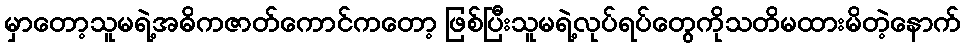
မှာတော့သူမရဲ့အဓိကဇာတ်ကောင်ကတော့ ဖြစ်ပြီးသူမရဲ့လုပ်ရပ်တွေကိုသတိမထားမိတဲ့နောက်